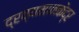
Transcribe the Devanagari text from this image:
द्रव्यमानकेंद्र